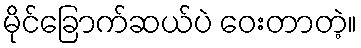
မိုင်ခြောက်ဆယ်ပဲ ဝေးတာတဲ့။